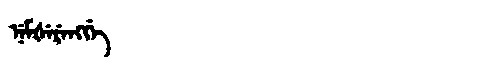
Manchu: ᠨᡝᠮᡧᡝᡵᡝᠩᡤᡝ
Romanization: NEMŠERENGGE